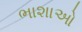
ભાશાઓ